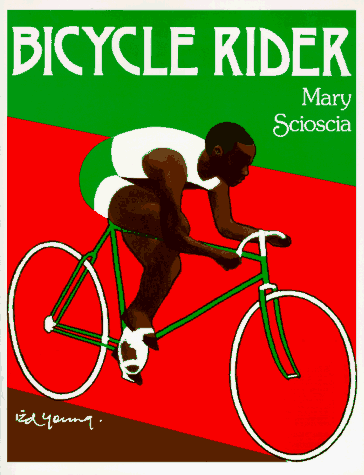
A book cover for Bicycle Rider; Mary Scioscia; Children's Books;